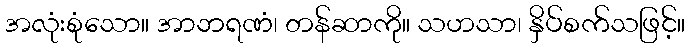
အလုံးစုံသော။ အာဘရဏံ၊ တန်ဆာကို။ သဟသာ၊ နှိပ်စက်သဖြင့်။